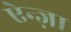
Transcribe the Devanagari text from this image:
ऐन्ज़ा